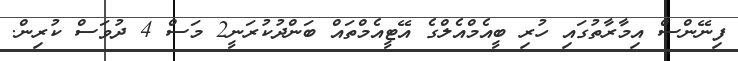
ފިނޭންސް އިމާރާތުގައި ހުރި ބީއެމްއެލްގެ އޭޓީއެމްތައް ބަންދުކުރަނީ2 މަސް 4 ދުވަސް ކުރިން.